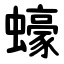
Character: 蠔